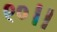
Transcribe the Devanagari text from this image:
९०।।